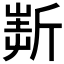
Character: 𣂲